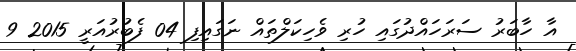
އާ ހާބަރު ސަރަހައްދުގައި ހުރި ވެހިކަލްތައް ނަގައިފި 04 ފެބުރުއަރީ 2015 9